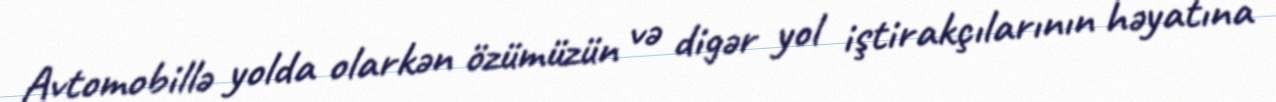
Avtomobillə yolda olarkən özümüzün və digər yol iştirakçılarının həyatına